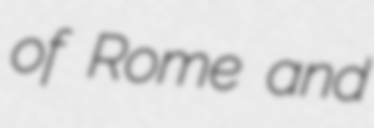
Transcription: of Rome and